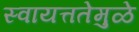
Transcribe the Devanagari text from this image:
स्वायत्ततेमुळे